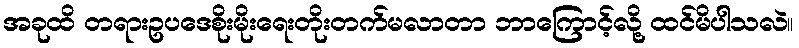
အခုထိ တရားဥပဒေစိုးမိုးရေးတိုးတက်မလာတာ ဘာကြောင့်လို့ ထင်မိပါသလဲ။